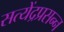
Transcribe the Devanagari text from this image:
सत्येंद्रप्रसन्न